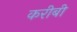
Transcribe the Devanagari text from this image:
करीबी